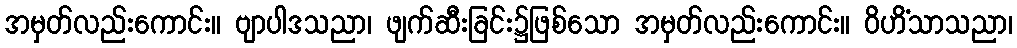
အမှတ်လည်းကောင်း။ ဗျာပါဒသညာ၊ ဖျက်ဆီးခြင်း၌ဖြစ်သော အမှတ်လည်းကောင်း။ ဝိဟိံသာသညာ၊